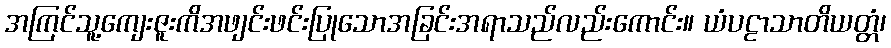
အကြင်သူ့ကျေးဇူးကိအဖျင်းဖင်းပြုသောအခြင်းအရာသည်လည်းကောင်း။ ယံပဠာသာတိယတ္တံ၊